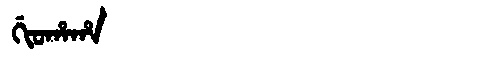
Manchu: ᡤᡳᠣᡥᠠᡥᠠ
Romanization: GIOHAHA